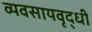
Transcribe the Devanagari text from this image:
व्यवसायवृद्धी